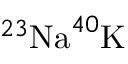
^ { 2 3 } \mathrm { N a } ^ { 4 0 } \mathrm { K }